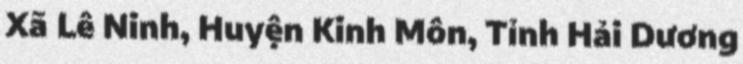
Xã Lê Ninh, Huyện Kinh Môn, Tỉnh Hải Dương